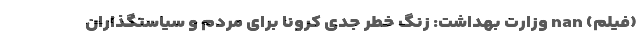
(فیلم) nan وزارت بهداشت: زنگ خطر جدی کرونا برای مردم و سیاستگذاران